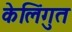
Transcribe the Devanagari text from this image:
केलिंगुत